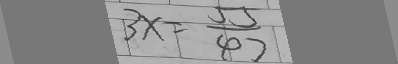
3 x = \frac { 5 5 } { 4 7 }